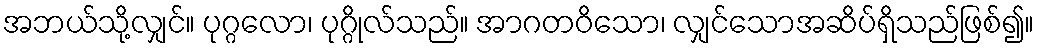
အဘယ်သို့လျှင်။ ပုဂ္ဂလော၊ ပုဂ္ဂိုလ်သည်။ အာဂတဝိသော၊ လျှင်သောအဆိပ်ရှိသည်ဖြစ်၍။